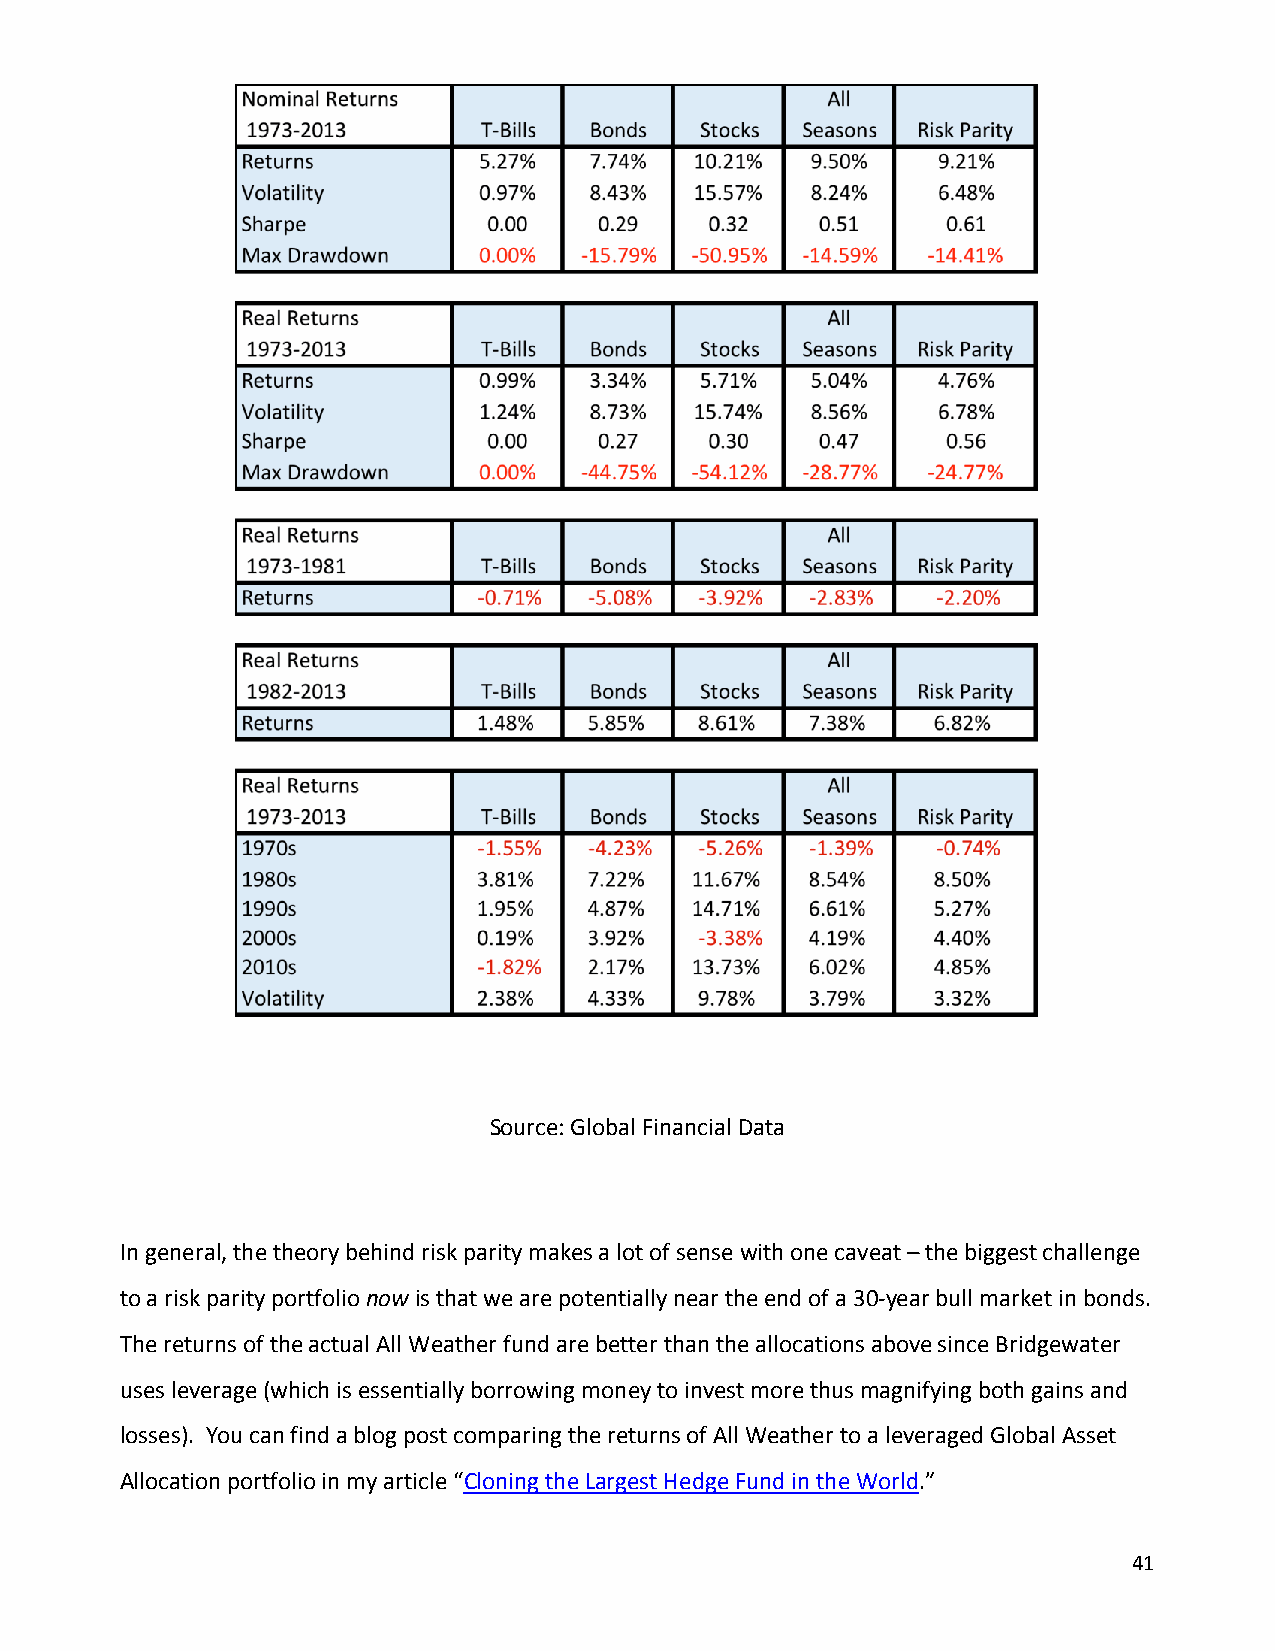
Source: Global Financial Data
 In general, the theory behind risk parity makes a lot of sense with one caveat – the biggest challenge
 to a risk parity portfolio now is that we are potentially near the end of a 30-year bull market in bonds.
 The returns of the actual All Weather fund are better than the allocations above since Bridgewater
 uses leverage (which is essentially borrowing money to invest more thus magnifying both gains and
 losses). You can find a blog post comparing the returns of All Weather to a leveraged Global Asset
 Allocation portfolio in my article “Cloning the Largest Hedge Fund in the World.”
 41